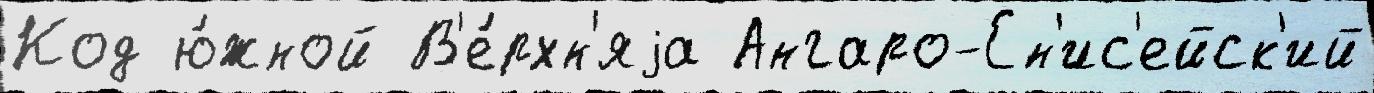
Код ю́жной В'е́рхн'яjа Ангаро-Ен'ис'ейск'ий